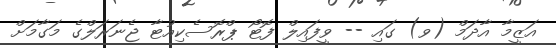
އަޒީމާ އާދަމް (ވ) ގައި -- ވީފައިލް ފޮޓޯ ޕްރޮސެކިއުޓާ ޖެނަރަލްގެ މަގާމަށް